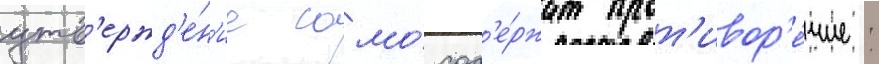
утв'ержд'е́н'ие само́ сод'е́ржит прот'ивор'е́чие: